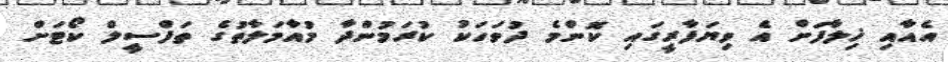
އެއާއި ޚިލާފަށް އެ ވިޔަފާރީގައި ކޮންމެ ދުވަހަކު ކުރަމުންދާ މުއާމަލާތުގެ ތަފްސީލް ކޯޓަށް